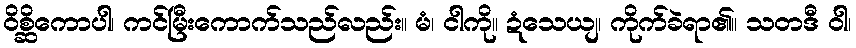
ဝိစ္ဆိကောပါ၊ ကင်မြီးကောက်သည်လည်း။ မံ၊ ငါကို။ ဍံသေယျ၊ ကိုက်ခဲရာ၏။ သတဒီ ဝါ၊